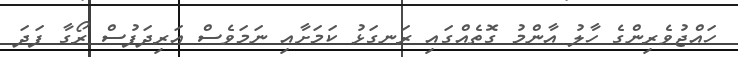
ހައްޖުވެރިންގެ ހާލު އާންމު ގޮތެއްގައި ރަނގަޅު ކަމަށާއި ނަމަވެސް އަރިދަފުސް ރޯގާ ފަދަ